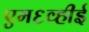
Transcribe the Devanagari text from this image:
एम६व्हीई